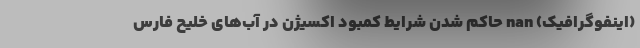
(اینفوگرافیک) nan حاکم شدن شرایط کمبود اکسیژن در آب‌های خلیح فارس